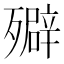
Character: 㱸